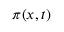
\pi ( x , t )